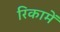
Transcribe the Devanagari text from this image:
रिकामें